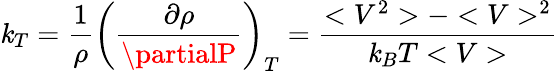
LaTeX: \mathit{k}_{T}=\frac{{1}}{{\rho}}\left(\frac{{\partial\rho}}{{\partialP}}\right)_{T}=\frac{{<V^{2}>-<V>^{2}}}{{\mathit{k}_{B}T<V>}}